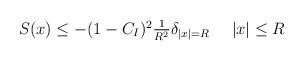
LaTeX: \begin{align*} \textstyle S(x)\le - (1-C_{I})^{2} \frac{1}{R^{2}}\delta_{|x|=R} \quad\ |x|\le R\end{align*}